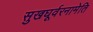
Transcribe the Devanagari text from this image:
सुखघूर्वरनामेति